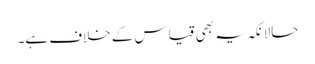
حالانکہ یہ بھی قیاس کے خلاف ہے۔